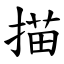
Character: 描